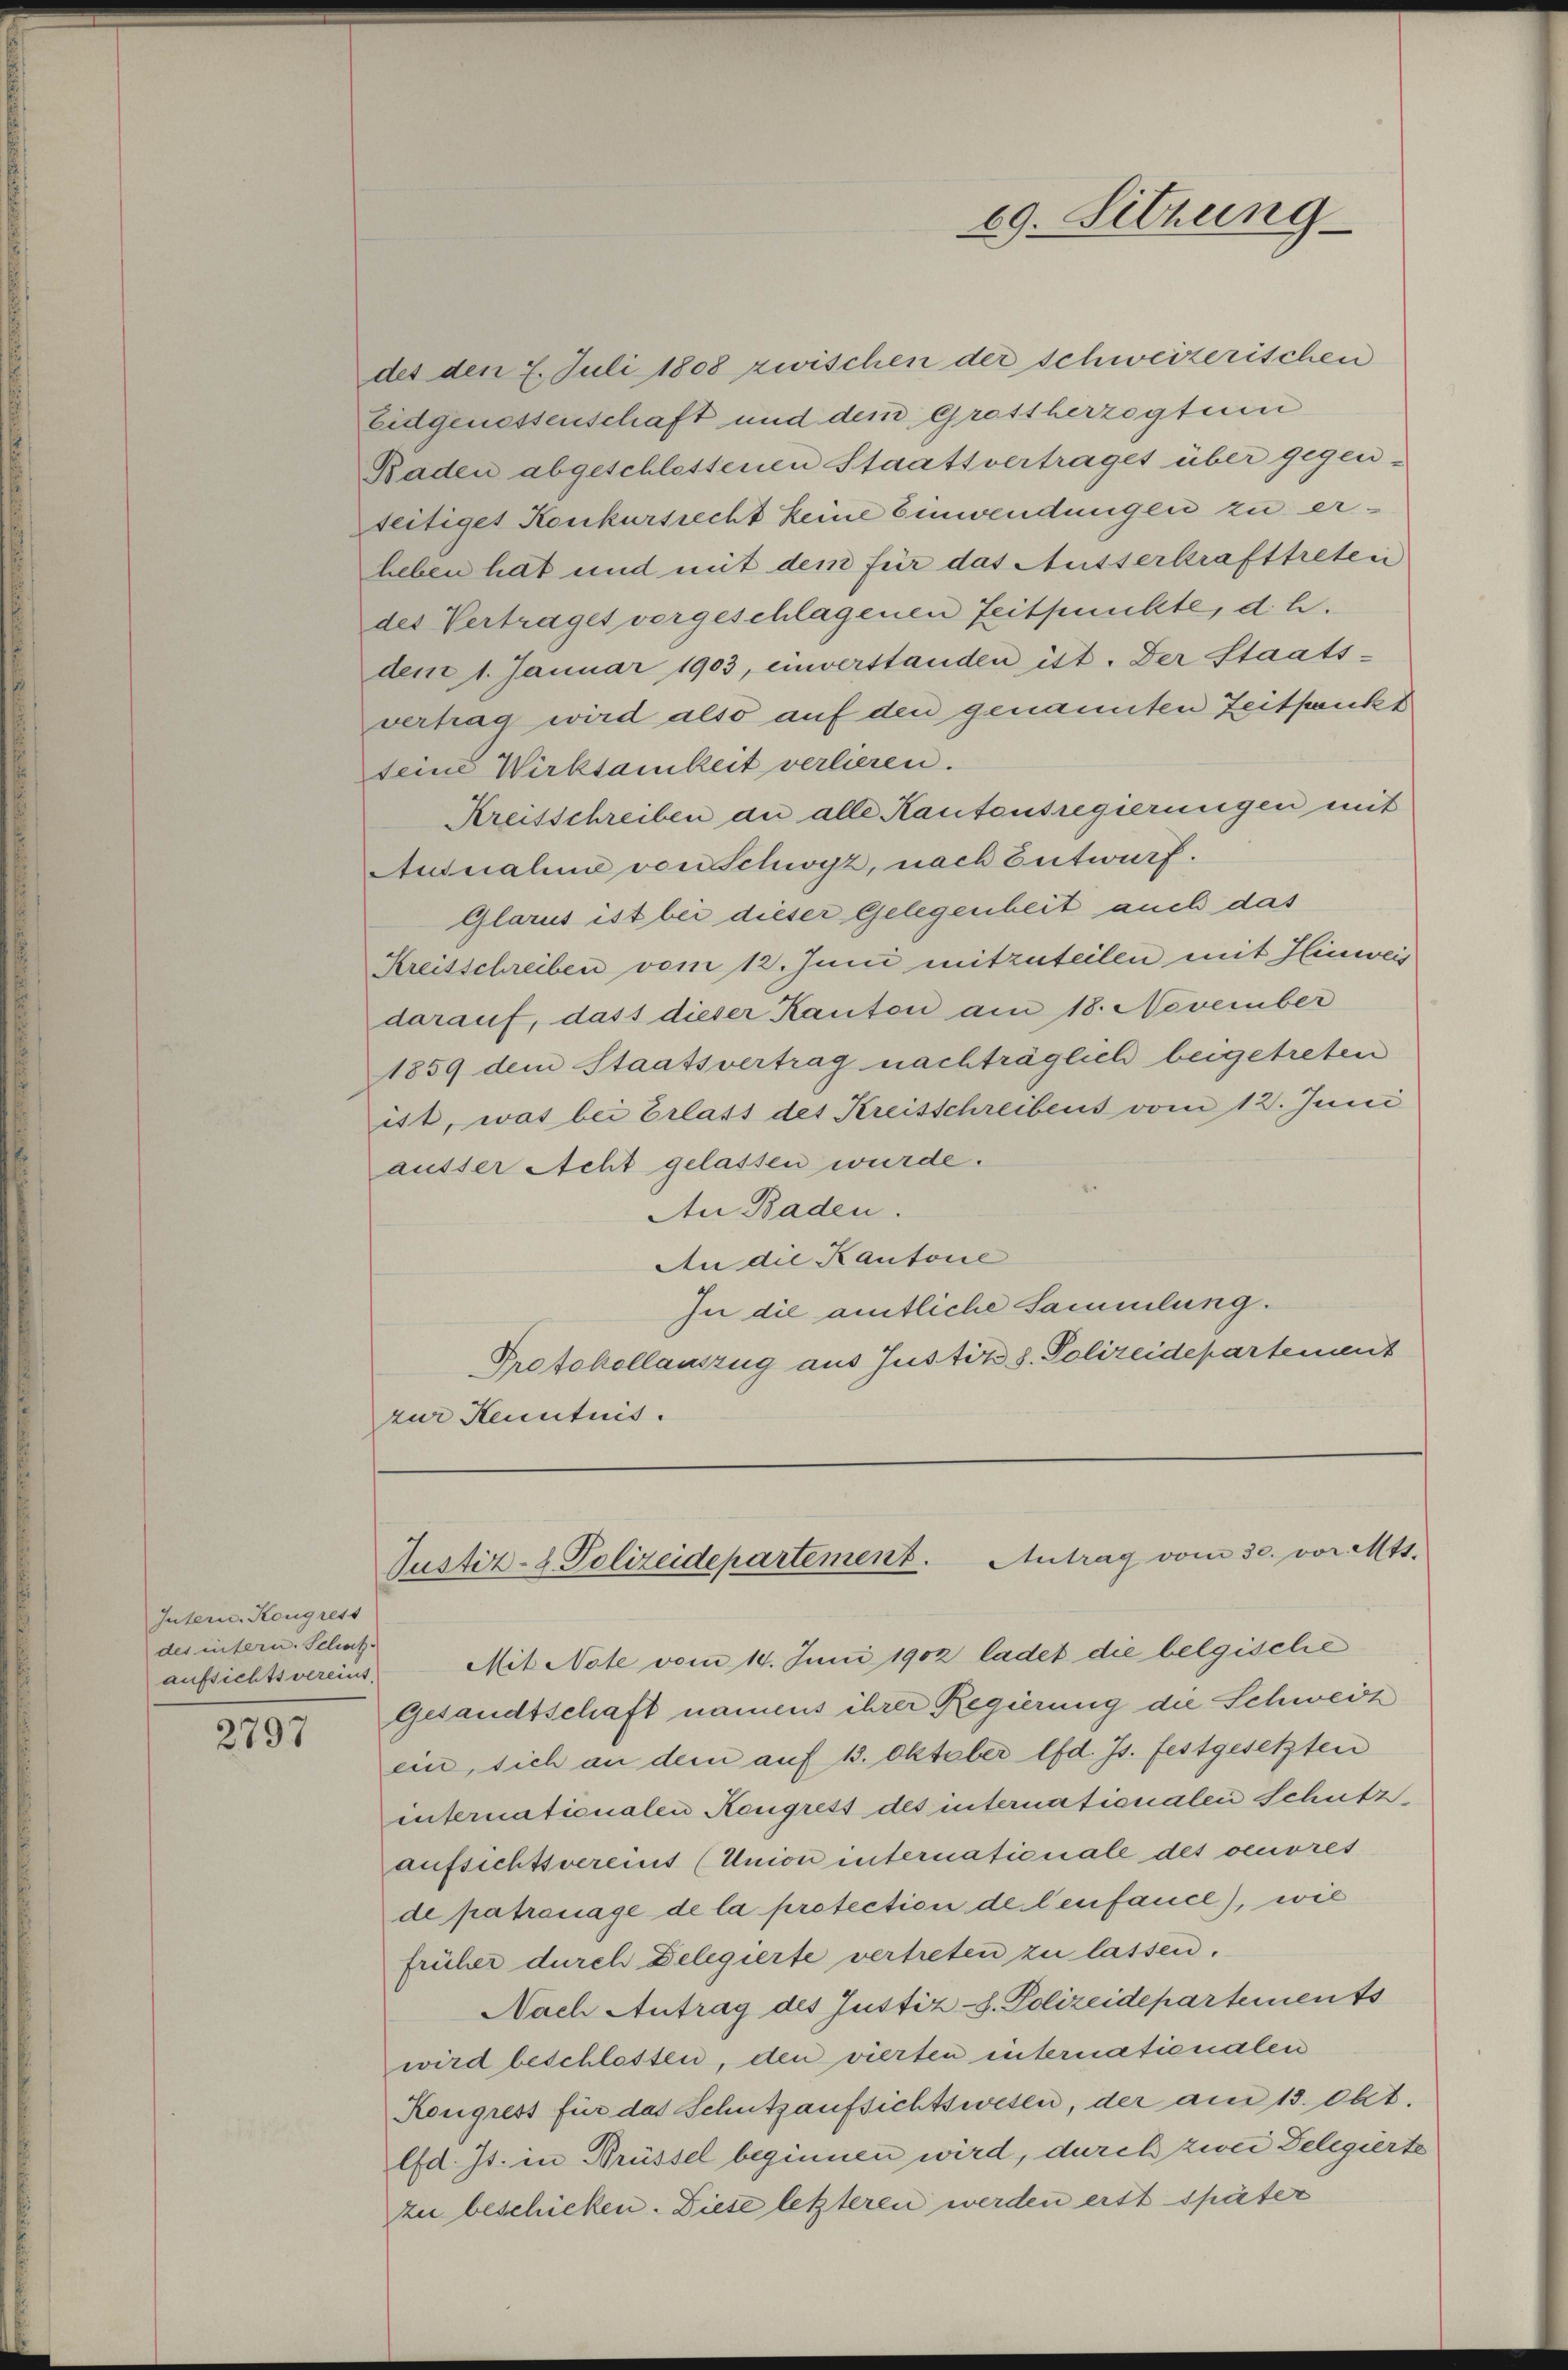
Intern. Kongress
des intern. Schatz-
aufsichtsvereint.

2797

des den 2. Juli 1808 zwischen der schweizerischen
Eidgenossenschaft und dem Grottherzogtun
Baden abgeschlossenen Staatsvertrages über gegen-
seitiget Konkursrecht keine Einwendungen zu erheben hat und mit dem für das Ausserkrafttreten
des Vertrages vorgeschlagenen Zeitpunkte, d. h.
dem 1. Januar 1903, einverstanden ist. Der Staats-
vertrag wird also auf den genannten Zeitpunkt
teine Wirksamkeit verlieren.
Kreisschreiben an alle Kantonsregierungen mit
Andnahme von Schwyz, nach Entwurf.
Glarus ist bei dieser Gelegenheit auch das
Kreisschreiben vom 12. Juni mitzuteilen mit Hinweis
darauf, dass dieser Kanton am 18. November
1859 dem Staatsvertrag nachträglich beigetreten
ist, was bei Erlass des Kreisschreibens vom 12. Juni
ausser Acht gelassen wurde.
An Baden.
An die Kantone
In die amtliche Sammlung.
Protokollauszug aus Justiz S. Polizeidepartement
zur Stenntnis.

69. Sitzung

Justiz- & Polizeidepartement. Antrag vom 30. vor. Mts.

Mit Note vom 14. Juni 1902 ladet die belgische
Gesandtschaft namens ihrer Regierung die Schweiz
ein, sich an dem auf 13. Oktober lfd. Js. festgesetzten
internationalen Kongress des internationalen Schutz
aufsichtsvereint (Union internationale des oeuvres
de patronage de la protection de lenfauce), wie
früher durch Delegierte vertreten zu lassen.
Nach Antrag des Justiz-S. Polizeidepartements
wird beschlossen, den vierten internationalen
Kongress für das Schutzaufsichtswesen, der am 13. Okt.
Efd. Js. in Brüssel beginnen wird, durch zwei Delegierte
zu beschicken. Diese letzteren werden erst später